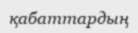
қабаттардың